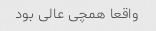
واقعا همچی عالی بود